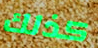
كذلك